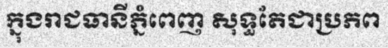
ក្នុងរាជធានីភ្នំពេញ សុទ្ធតែជាប្រភព